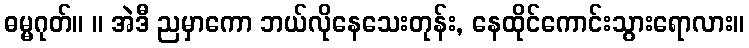
ဓမ္မဂုတ်။ ။ အဲဒီ ညမှာကော ဘယ်လိုနေသေးတုန်း, နေထိုင်ကောင်းသွားရောလား။